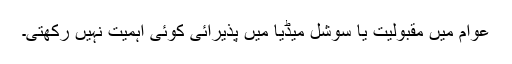
عوام میں مقبولیت یا سوشل میڈیا میں پذیرائی کوئی اہمیت نہیں رکھتی۔